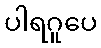
ပါရဂူပေ